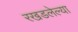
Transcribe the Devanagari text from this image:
रखडलेल्या